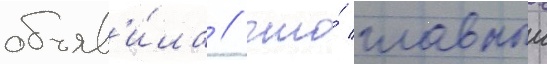
объяв'и́ла / что́ главныи